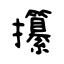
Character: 攥